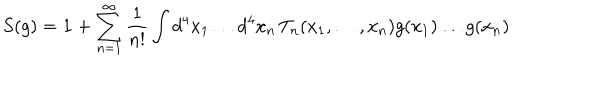
S ( g ) = \mathbf { 1 } + \sum _ { n = 1 } ^ { \infty } \frac { 1 } { n ! } \int d ^ { 4 } x _ { 1 } \ldots d ^ { 4 } x _ { n } \, T _ { n } ( x _ { 1 } , \ldots , x _ { n } ) g ( x _ { 1 } ) \ldots g ( x _ { n } )